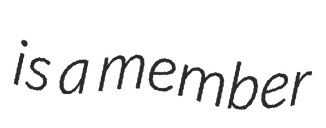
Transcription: is a member